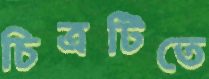
চিত্রটিতে